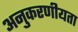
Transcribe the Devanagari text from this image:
अनुकरणीयता